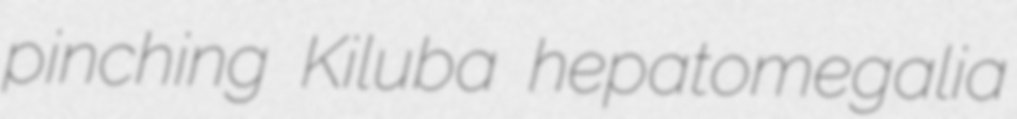
pinching Kiluba hepatomegalia